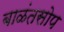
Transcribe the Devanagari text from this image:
बाळंतसोप